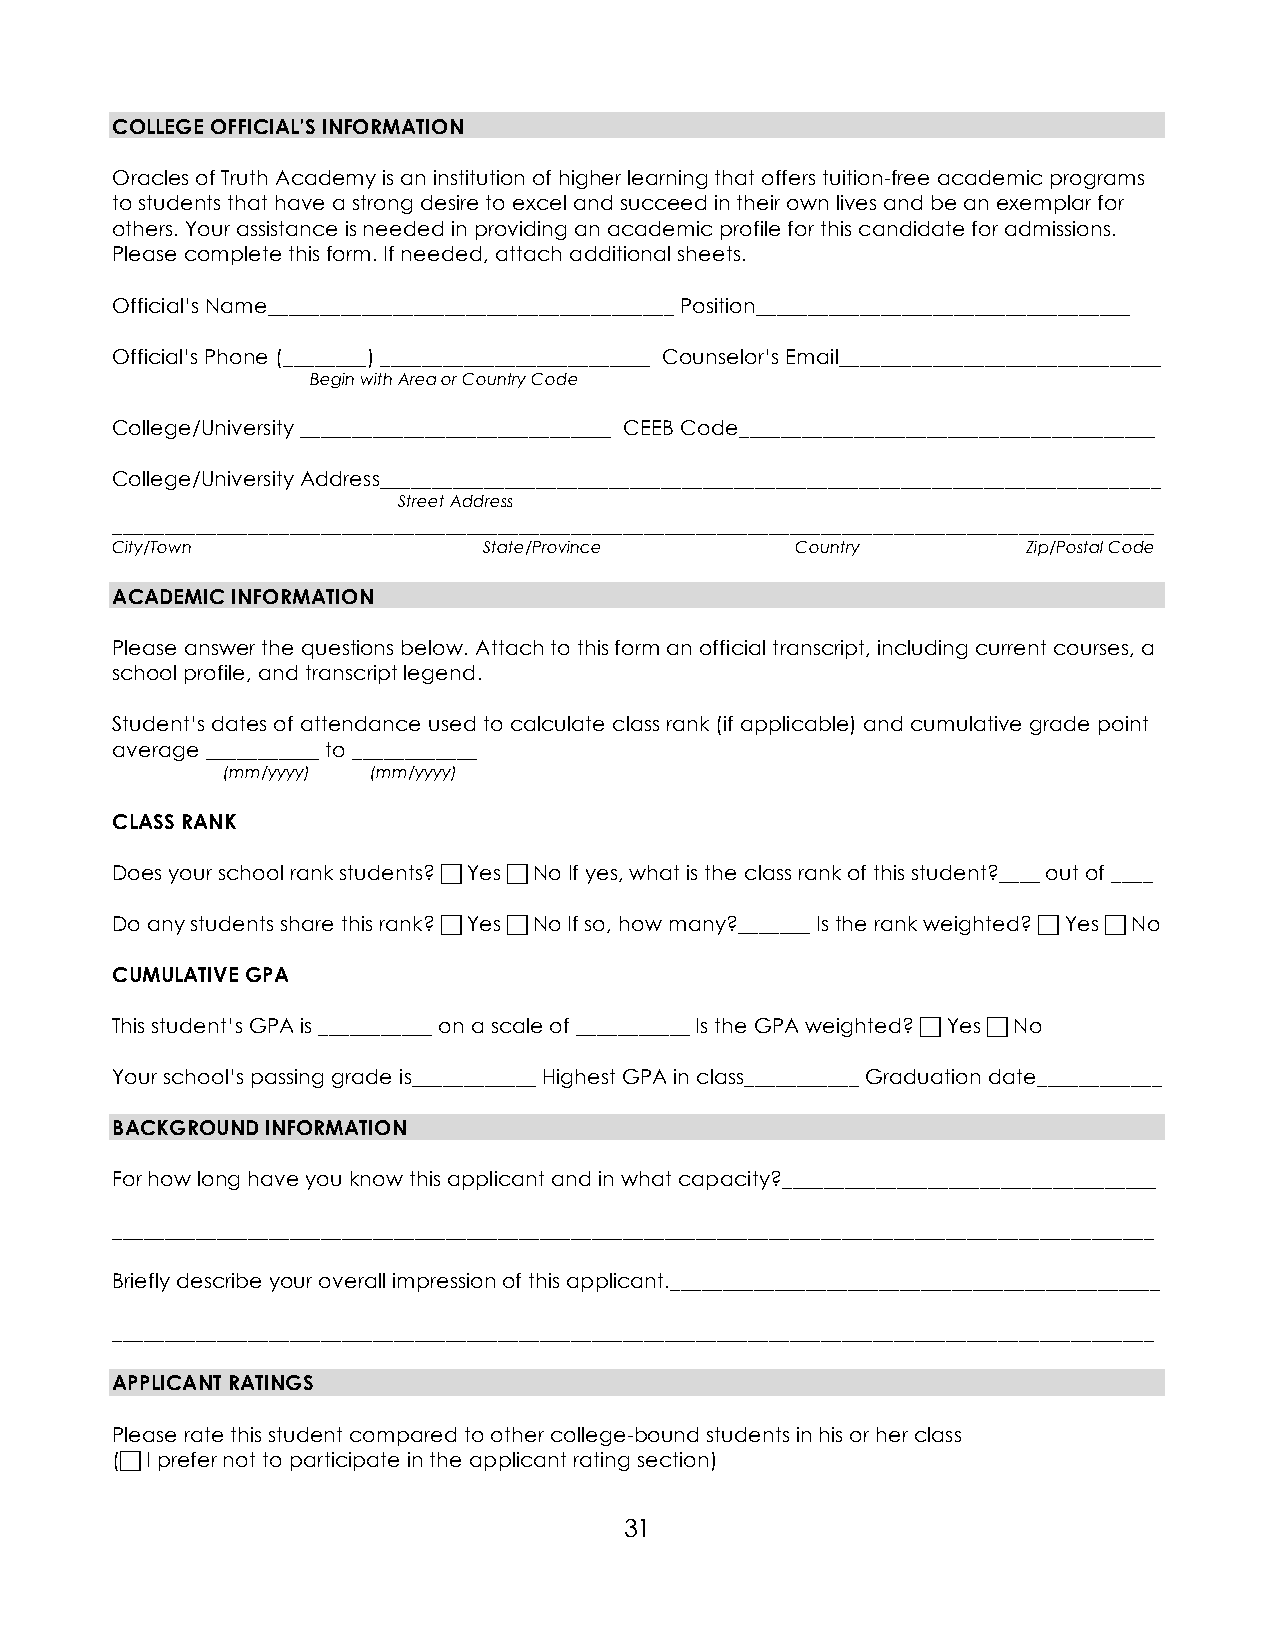
COLLEGE OFFICIAL’S INFORMATION
 Oracles of Truth Academy is an institution of higher learning that offers tuition-free academic programs
 to students that have a strong desire to excel and succeed in their own lives and be an exemplar for
 others. Your assistance is needed in providing an academic profile for this candidate for admissions.
 Please complete this form. If needed, attach additional sheets.
 Official’s Name_______________________________________ Position____________________________________
 Official’s Phone (________) __________________________ Counselor’s Email_______________________________
 Begin with Area or Country Code
 College/University ______________________________ CEEB Code________________________________________
 College/University Address___________________________________________________________________________
 Street Address
 ____________________________________________________________________________________________________
 City/Town                State/Province       Country        Zip/Postal Code
 ACADEMIC INFORMATION
 Please answer the questions below. Attach to this form an official transcript, including current courses, a
 school profile, and transcript legend.
 Student’s dates of attendance used to calculate class rank (if applicable) and cumulative grade point
 average ___________ to ____________
 (mm/yyyy) (mm/yyyy)
 CLASS RANK
 Does your school rank students?  Yes  No If yes, what is the class rank of this student?____ out of ____
 Do any students share this rank?  Yes  No If so, how many?_______ Is the rank weighted?  Yes  No
 CUMULATIVE GPA
 This student’s GPA is ___________ on a scale of ___________ Is the GPA weighted?  Yes  No
 Your school’s passing grade is____________ Highest GPA in class___________ Graduation date____________
 BACKGROUND INFORMATION
 For how long have you know this applicant and in what capacity?____________________________________
 ____________________________________________________________________________________________________
 Briefly describe your overall impression of this applicant._______________________________________________
 ____________________________________________________________________________________________________
 APPLICANT RATINGS
 Please rate this student compared to other college-bound students in his or her class
 ( I prefer not to participate in the applicant rating section)
 31